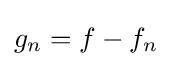
g_{n}=f-f_{n}